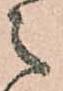
之